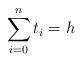
LaTeX: \begin{align*}\sum_{i=0}^n t_i = h \end{align*}